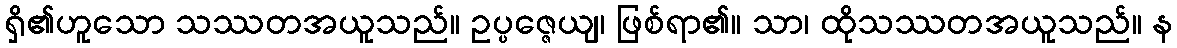
ရှိ၏ဟူသော သဿတအယူသည်။ ဥပ္ပဇ္ဇေယျ၊ ဖြစ်ရာ၏။ သာ၊ ထိုသဿတအယူသည်။ န